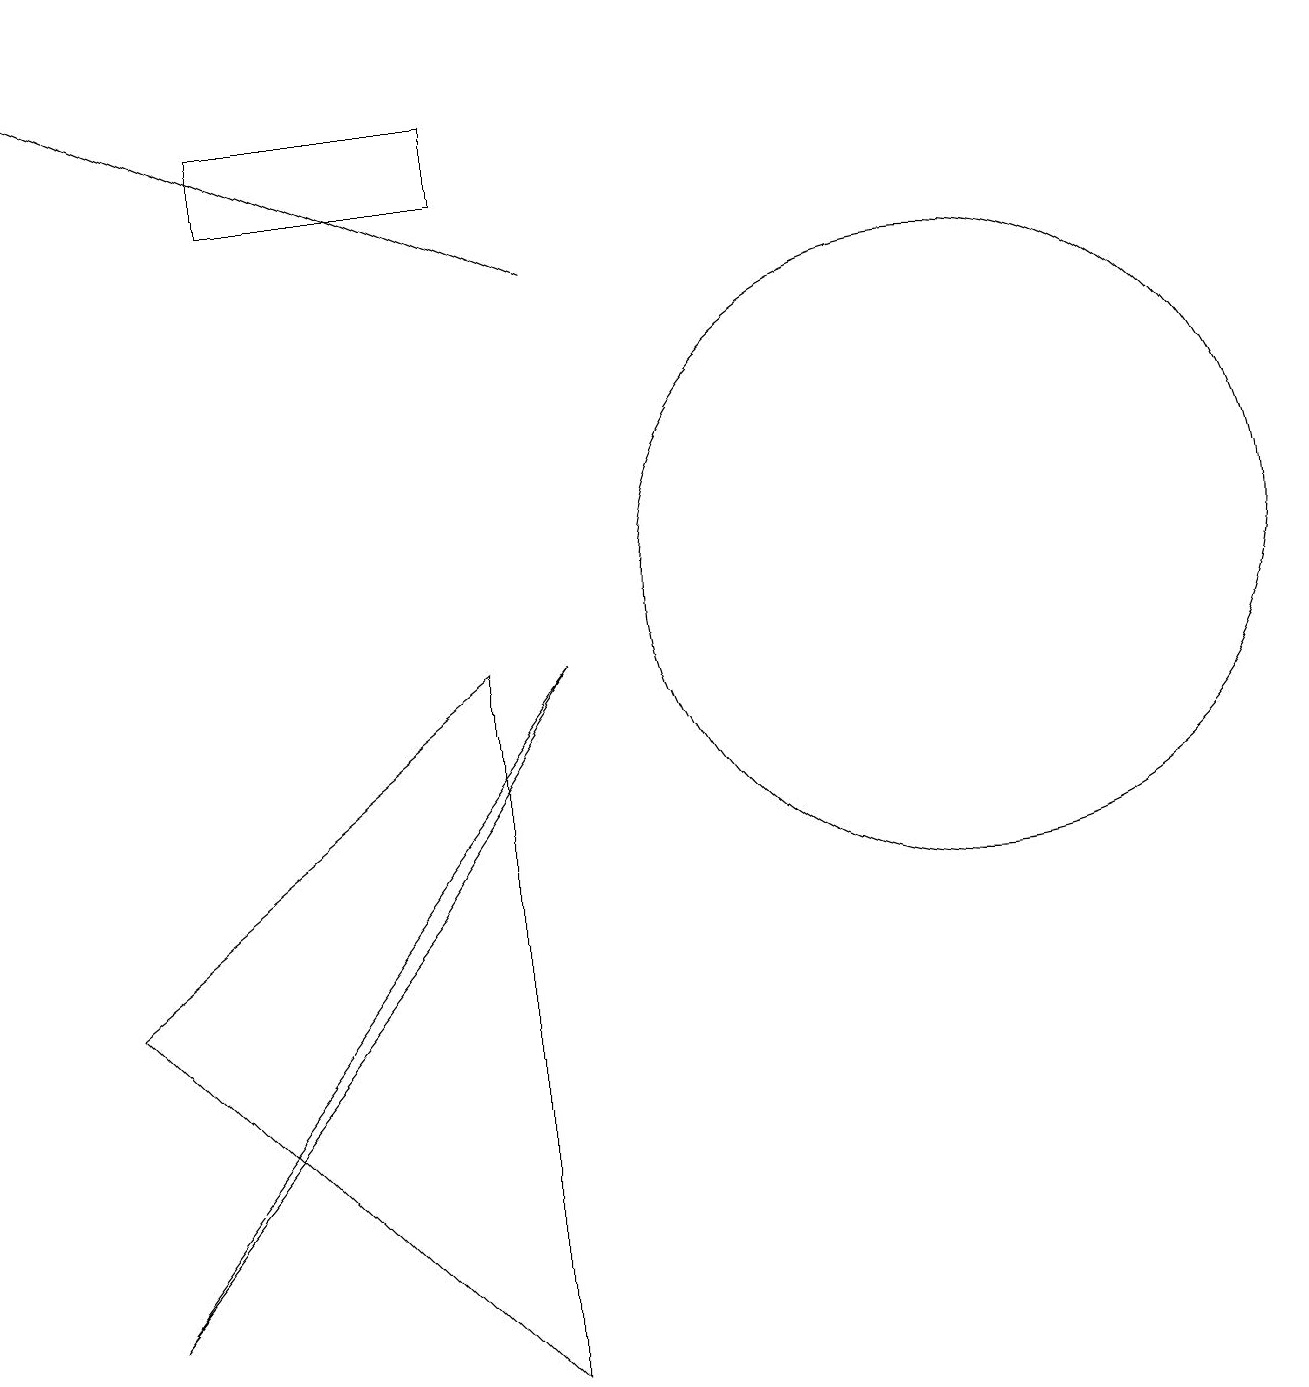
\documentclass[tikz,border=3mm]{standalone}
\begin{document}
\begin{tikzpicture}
\draw (3,16) rectangle (6,15);
\draw (1,1) -- (7,9) -- (5,6) -- cycle;
\draw[->] (7,14) -- (0,17);
\draw (1,5) -- (6,0) -- (6,9) -- cycle;
\draw (12,10) circle (4);
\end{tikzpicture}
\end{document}